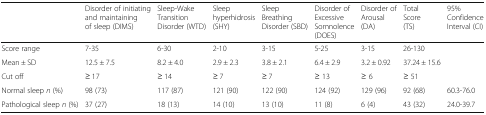
<table><thead><tr><td></td><td><b>Disorder of initiating and maintaining of sleep (DIMS)</b></td><td><b>Sleep-Wake Transition Disorder (WTD)</b></td><td><b>Sleep hyperhidrosis (SHY)</b></td><td><b>Sleep Breathing Disorder (SBD)</b></td><td><b>Disorder of Excessive Somnolence (DOES)</b></td><td><b>Disorder of Arousal (DA)</b></td><td><b>Total Score (TS)</b></td><td><b>95% Confidence Interval (CI)</b></td></tr></thead><tbody><tr><td>Score range</td><td>7-35</td><td>6-30</td><td>2-10</td><td>3-15</td><td>5-25</td><td>3-15</td><td>26-130</td><td></td></tr><tr><td>Mean ± SD</td><td>12.5 ± 7.5</td><td>8.2 ± 4.0</td><td>2.9 ± 2.3</td><td>3.8 ± 2.1</td><td>6.4 ± 2.9</td><td>3.2 ± 0.92</td><td>37.24 ± 15.6</td><td></td></tr><tr><td>Cut off</td><td>≥ 17</td><td>≥ 14</td><td>≥ 7</td><td>≥ 7</td><td>≥ 13</td><td>≥ 6</td><td>≥ 51</td><td></td></tr><tr><td>Normal sleep <i>n</i> (%)</td><td>98 (73)</td><td>117 (87)</td><td>121 (90)</td><td>122 (90)</td><td>124 (92)</td><td>129 (96)</td><td>92 (68)</td><td>60.3-76.0</td></tr><tr><td>Pathological sleep <i>n</i> (%)</td><td>37 (27)</td><td>18 (13)</td><td>14 (10)</td><td>13 (10)</td><td>11 (8)</td><td>6 (4)</td><td>43 (32)</td><td>24.0-39.7</td></tr></tbody></table>